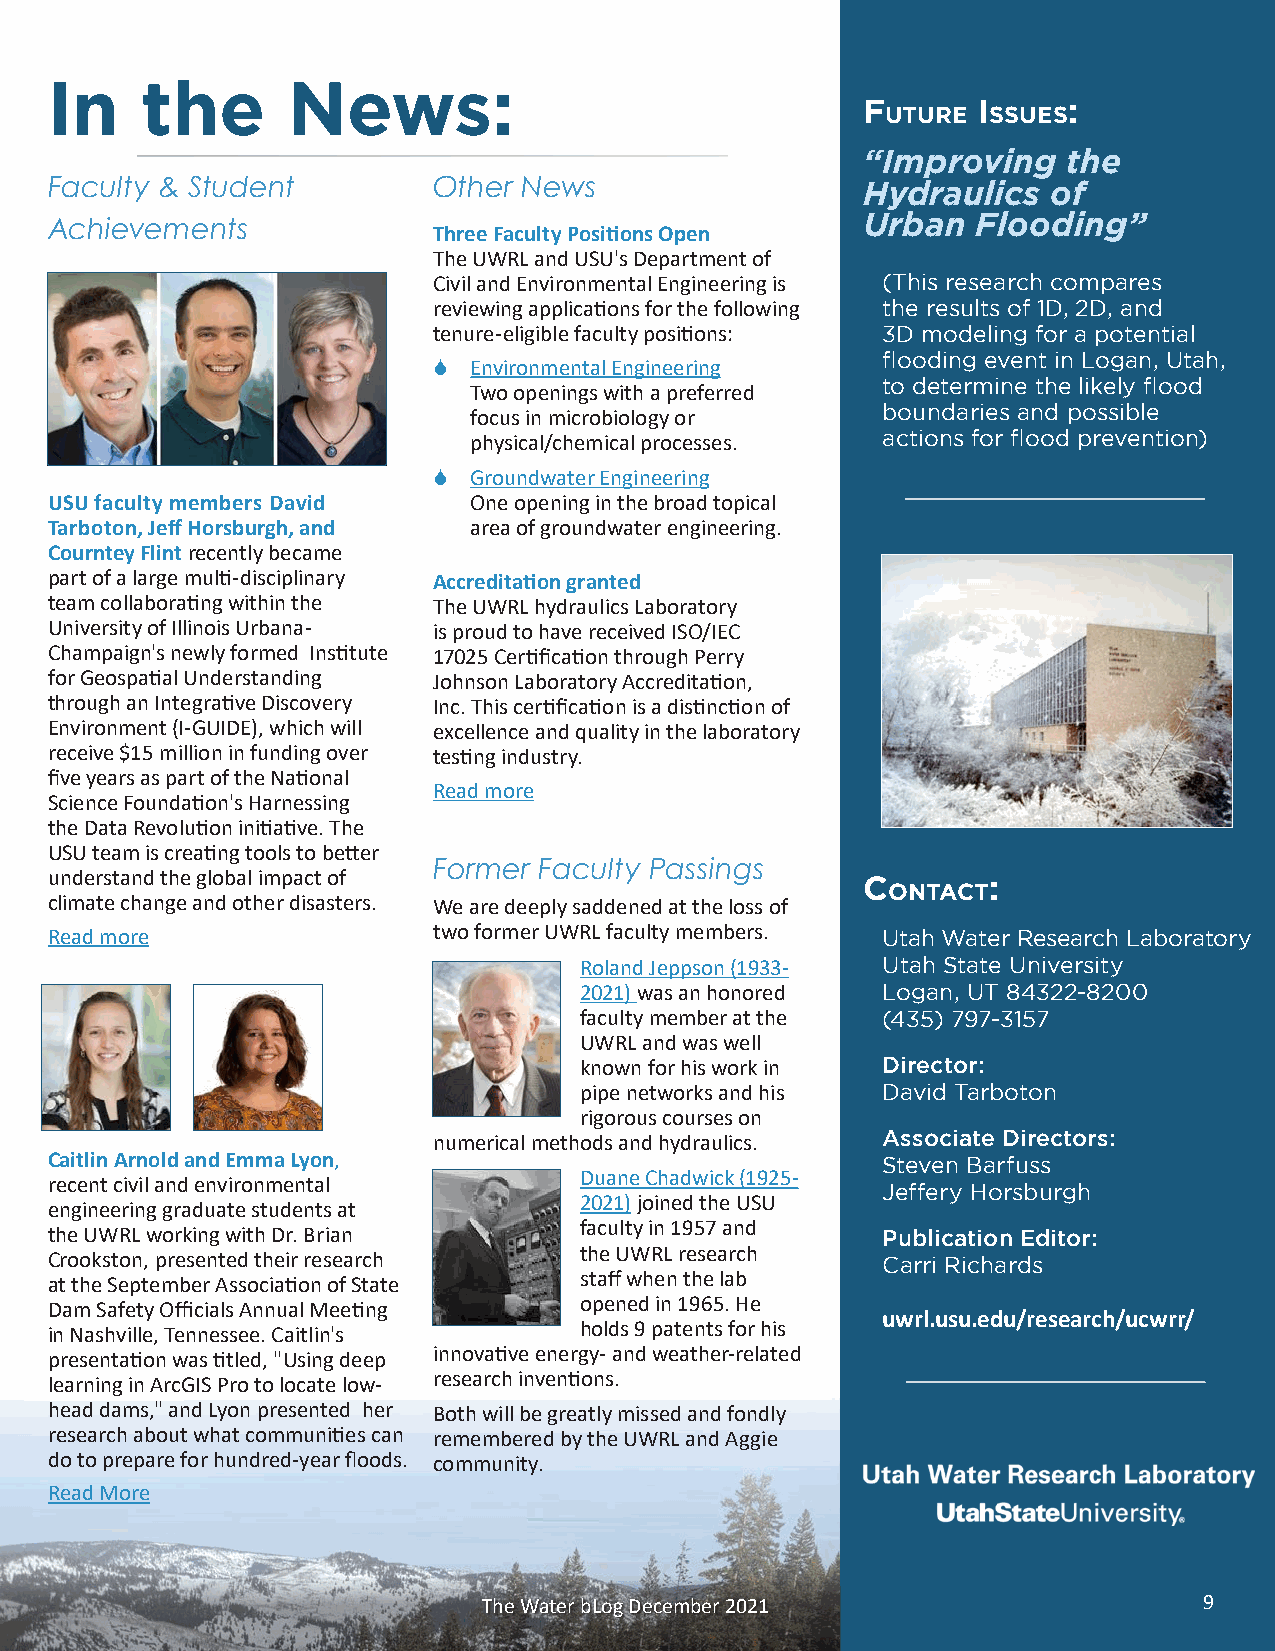
In    the       News:
 F       I     :
 uture ssues
 “Improving    the
 Faculty & Student         Other News                  Hydraulics   of
 Urban   Flooding”
 Achievements
 Three Faculty Positions Open
 The UWRL and USU's Department of
 Civil and Environmental Engineering is (This research compares
 reviewing applications for the following the results of 1D, 2D, and
 tenure-eligible faculty positions: 3D modeling for a potential
 flooding event in Logan, Utah,
 6 Environmental Engineering
 to determine the likely flood
 Two openings with a preferred
 boundaries and possible
 focus in microbiology or
 actions for flood prevention)
 physical/chemical processes.
 6 Groundwater Engineering
 USU faculty members David   One opening in the broad topical
 Tarboton, Jeff Horsburgh, and area of groundwater engineering.
 Courntey Flint recently became
 part of a large multi-disciplinary Accreditation granted
 team collaborating within the The UWRL hydraulics Laboratory
 University of Illinois Urbana- is proud to have received ISO/IEC
 Champaign's newly formed Institute 17025 Certification through Perry
 for Geospatial Understanding Johnson Laboratory Accreditation,
 through an Integrative Discovery Inc. This certification is a distinction of
 Environment (I-GUIDE), which will excellence and quality in the laboratory
 receive $15 million in funding over testing industry.
 five years as part of the National
 Read more
 Science Foundation's Harnessing
 the Data Revolution initiative. The
 USU team is creating tools to better
 Former Faculty Passings
 understand the global impact of                       C       :
 ontaCt
 climate change and other disasters. We are deeply saddened at the loss of
 Read more                 two former UWRL faculty members. Utah Water Research Laboratory
 Roland Jeppson (1933- Utah State University
 2021) was an honored Logan, UT 84322-8200
 faculty member at the (435) 797-3157
 UWRL and was well
 known for his work in Director:
 pipe networks and his David Tarboton
 rigorous courses on
 Associate Directors:
 numerical methods and hydraulics.
 Caitlin Arnold and Emma Lyon,                          Steven Barfuss
 recent civil and environmental     Duane Chadwick (1925- Jeffery Horsburgh
 engineering graduate students at   2021) joined the USU
 the UWRL working with Dr. Brian    faculty in 1957 and Publication Editor:
 Crookston, presented their research the UWRL research  Carri Richards
 at the September Association of State staff when the lab
 Dam Safety Officials Annual Meeting opened in 1965. He
 uwrl.usu.edu/research/ucwrr/
 in Nashville, Tennessee. Caitlin's holds 9 patents for his
 presentation was titled, "Using deep innovative energy- and weather-related
 learning in ArcGIS Pro to locate low- research inventions.
 head dams," and Lyon presented her Both will be greatly missed and fondly
 research about what communities can remembered by the UWRL and Aggie
 do to prepare for hundred-year floods. community.
 Read More
 The Water bLog December 2021                    9